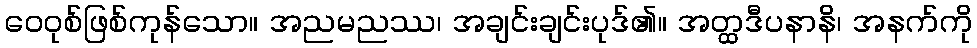
ဝေဝုစ်ဖြစ်ကုန်သော။ အညမညဿ၊ အချင်းချင်းပုဒ်၏။ အတ္ထဒီပနာနိ၊ အနက်ကို